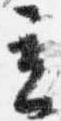
立